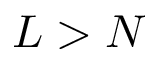
L > N